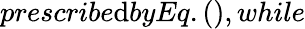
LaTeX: prescribe\mathrm{d}byEq.(),while